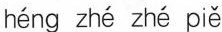
héng zhé zhé piě